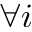
\forall i